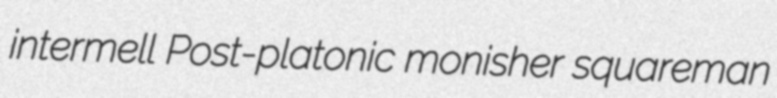
intermell Post-platonic monisher squareman